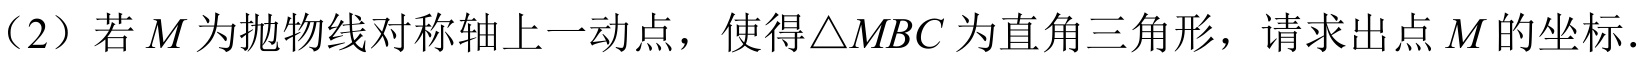
（2）若\(M\)为抛物线对称轴上一动点，使得\(\triangle MBC\)为直角三角形，请求出点\(M\)的坐标．